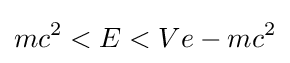
mc^{2}<E<Ve-mc^{2}